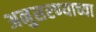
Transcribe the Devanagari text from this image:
अनुसरण्याच्या